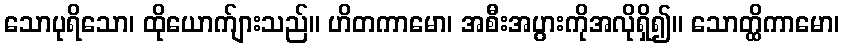
သောပုရိသော၊ ထိုယောက်ျားသည်။ ဟိတကာမော၊ အစီးအပွားကိုအလိုရှိ၍။ သောတ္ထိကာမော၊